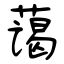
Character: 蔼